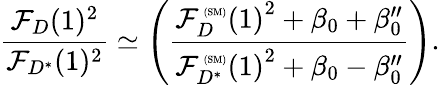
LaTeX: {\frac{{\mathcal F}_{D}(1)^{2}}{{\mathcal F}_{D^{*}}(1)^{2}}}\simeq\left({\frac{{{\mathcal F}_{D}^{\mathrm{\tiny~(SM)}}(1)}^{2}+\beta_{0}+\beta_{0}^{\prime\prime}}{{{\mathcal F}_{D^{*}}^{\mathrm{\tiny~(SM)}}(1)}^{2}+\beta_{0}-\beta_{0}^{\prime\prime}}}\right).